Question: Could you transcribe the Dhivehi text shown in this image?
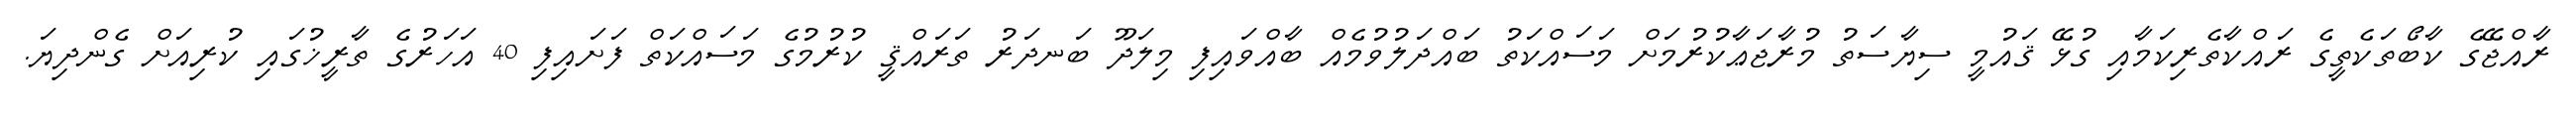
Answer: ރާއްޖޭގެ ކާބޯތަކެތީގެ ރައްކާތެރިކަމާއި ގުޅޭ ޤައުމީ ސިޔާސަތު މުރާޖަޢާކުރުމަށް މަސައްކަތު ބައްދަލުވުމެއް ބާއްވައިފި މިލަދޫ ބަނދަރު ތަރައްޤީ ކުރުމުގެ މަސައްކަތް ފަށައިފި 40 އަހަރުގެ ތާރީޚުގައި ކުރިއަށް ގެންދިޔަ.